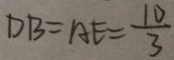
D B = A E = \frac { 1 0 } { 3 }